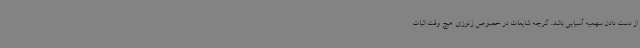
از دست دادن سهمیه آسیایی باشد. گرچه شایعات در خصوص زنوزی هیچ وقت اثبات